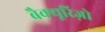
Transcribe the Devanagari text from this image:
बैक्यूरिज़ो